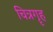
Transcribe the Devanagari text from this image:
चित्रगॄह